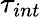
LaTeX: \tau_{int}